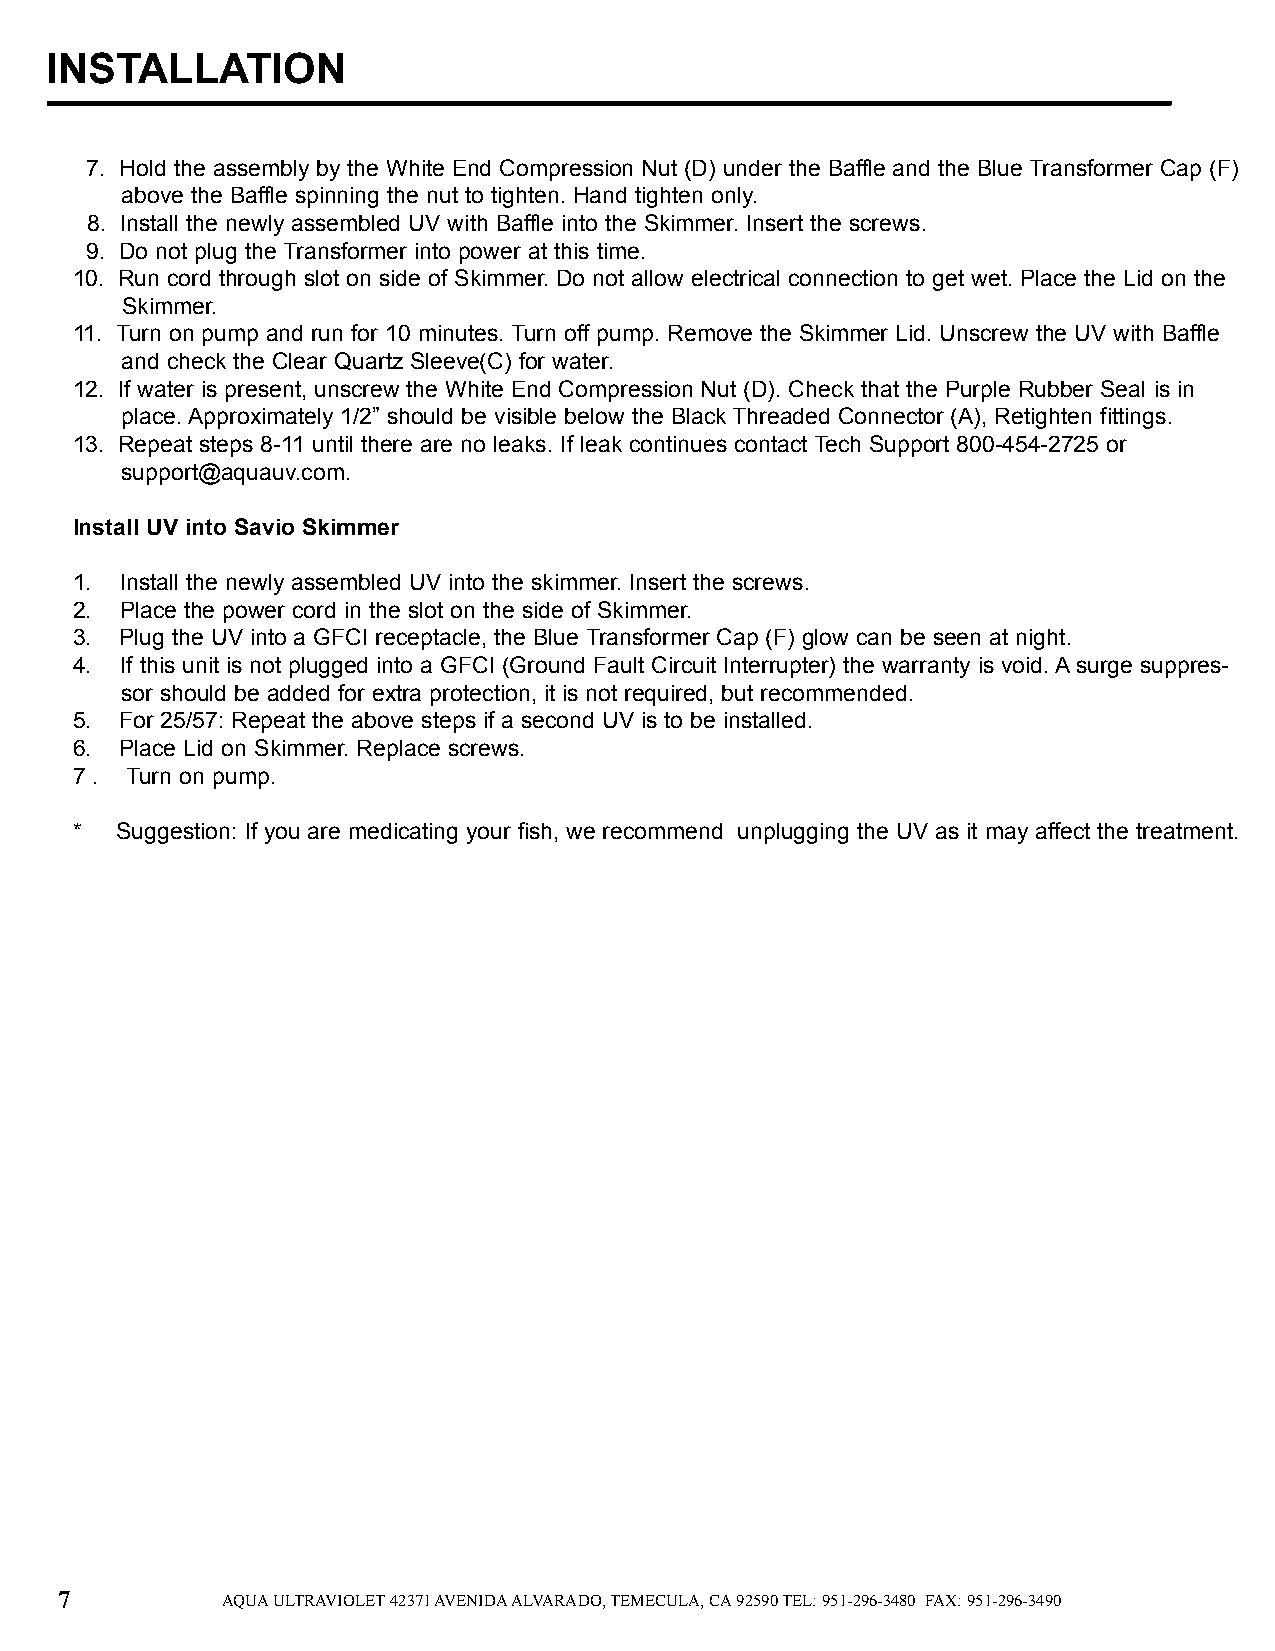
INSTALLATION
 7. Hold the assembly by the White End Compression Nut (D) under the Baffle and the Blue Transformer Cap (F)
 above the Baffle spinning the nut to tighten. Hand tighten only.
 8. Install the newly assembled UV with Baffle into the Skimmer. Insert the screws.
 9. Do not plug the Transformer into power at this time.
 10. Run cord through slot on side of Skimmer. Do not allow electrical connection to get wet. Place the Lid on the
 Skimmer.
 11. Turn on pump and run for 10 minutes. Turn off pump. Remove the Skimmer Lid. Unscrew the UV with Baffle
 and check the Clear Quartz Sleeve(C) for water.
 12. If water is present, unscrew the White End Compression Nut (D). Check that the Purple Rubber Seal is in
 place. Approximately 1/2” should be visible below the Black Threaded Connector (A), Retighten fittings.
 13. Repeat steps 8-11 until there are no leaks. If leak continues contact Tech Support 800-454-2725 or
 support@aquauv.com.
 Install UV into Savio Skimmer
 1. Install the newly assembled UV into the skimmer. Insert the screws.
 2. Place the power cord in the slot on the side of Skimmer.
 3. Plug the UV into a GFCI receptacle, the Blue Transformer Cap (F) glow can be seen at night.
 4. If this unit is not plugged into a GFCI (Ground Fault Circuit Interrupter) the warranty is void. A surge suppres-
 sor should be added for extra protection, it is not required, but recommended.
 5. For 25/57: Repeat the above steps if a second UV is to be installed.
 6. Place Lid on Skimmer. Replace screws.
 7 . Turn on pump.
 *  Suggestion: If you are medicating your fish, we recommend unplugging the UV as it may affect the treatment.
 7          AQUA ULTRAVIOLET 42371 AVENIDA ALVARADO, TEMECULA, CA 92590 TEL: 951-296-3480 FAX: 951-296-3490